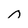
Character: n